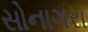
સોનાગરા